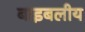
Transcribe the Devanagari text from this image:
बाइबलीय